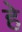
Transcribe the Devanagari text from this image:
हे